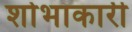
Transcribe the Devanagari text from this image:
शोभाकारी